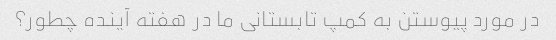
در مورد پیوستن به کمپ تابستانی ما در هفته آینده چطور؟